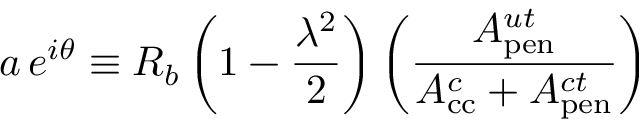
a \, e ^ { i \theta } \equiv R _ { b } \left( 1 - \frac { \lambda ^ { 2 } } { 2 } \right) \left( \frac { A _ { \mathrm { p e n } } ^ { u t } } { A _ { \mathrm { c c } } ^ { c } + A _ { \mathrm { p e n } } ^ { c t } } \right)